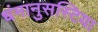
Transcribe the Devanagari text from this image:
धंमानुसस्टिया